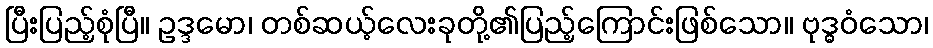
ပြီးပြည့်စုံပြီ။ ဥဒ္ဒမော၊ တစ်ဆယ့်လေးခုတို့၏ပြည့်ကြောင်းဖြစ်သော။ ဗုဒ္ဓဝံသော၊